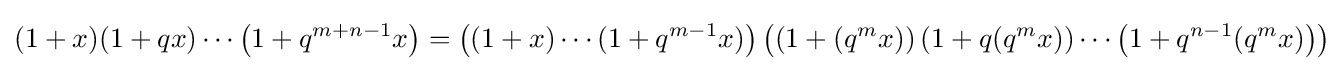
(1+x)(1+qx)\cdots \left(1+q^{m+n-1}x\right)=\left((1+x)\cdots (1+q^{m-1}x)\right)\left(\left(1+(q^{m}x)\right)\left(1+q(q^{m}x)\right)\cdots \left(1+q^{n-1}(q^{m}x)\right)\right)